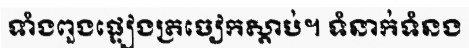
ទាំងពួងផ្ទៀងត្រចៀកស្តាប់។ ទំនាក់ទំនង